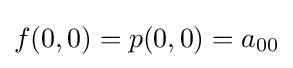
f(0,0)=p(0,0)=a_{00}